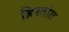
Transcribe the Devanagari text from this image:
ब्रिस्तोल